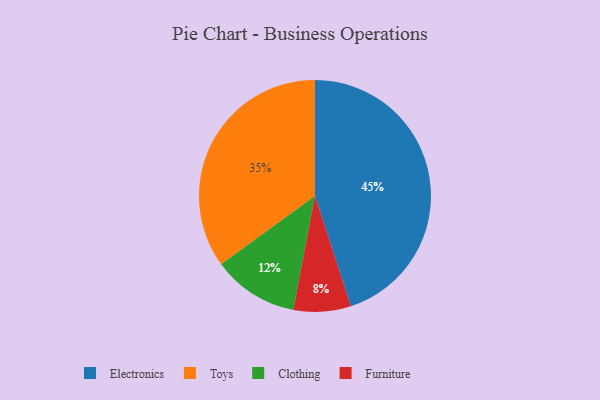
{"axis": {"x": "Category", "y": "Percentage"}, "legend": ["Clothing", "Electronics", "Furniture", "Toys"], "data": [{"x": "Furniture", "y": 8, "type": "Furniture"}, {"x": "Clothing", "y": 12, "type": "Clothing"}, {"x": "Electronics", "y": 45, "type": "Electronics"}, {"x": "Toys", "y": 35, "type": "Toys"}]}